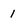
Character: 1